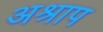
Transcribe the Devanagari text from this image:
अश्राप